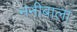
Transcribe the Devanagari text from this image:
ननीबाला